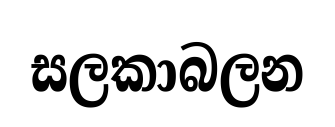
සලකාබලන